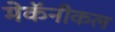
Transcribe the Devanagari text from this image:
मेकॅनीकल